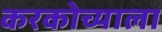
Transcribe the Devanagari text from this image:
करकोच्याला